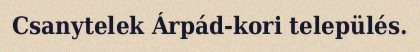
Csanytelek Árpád-kori település.